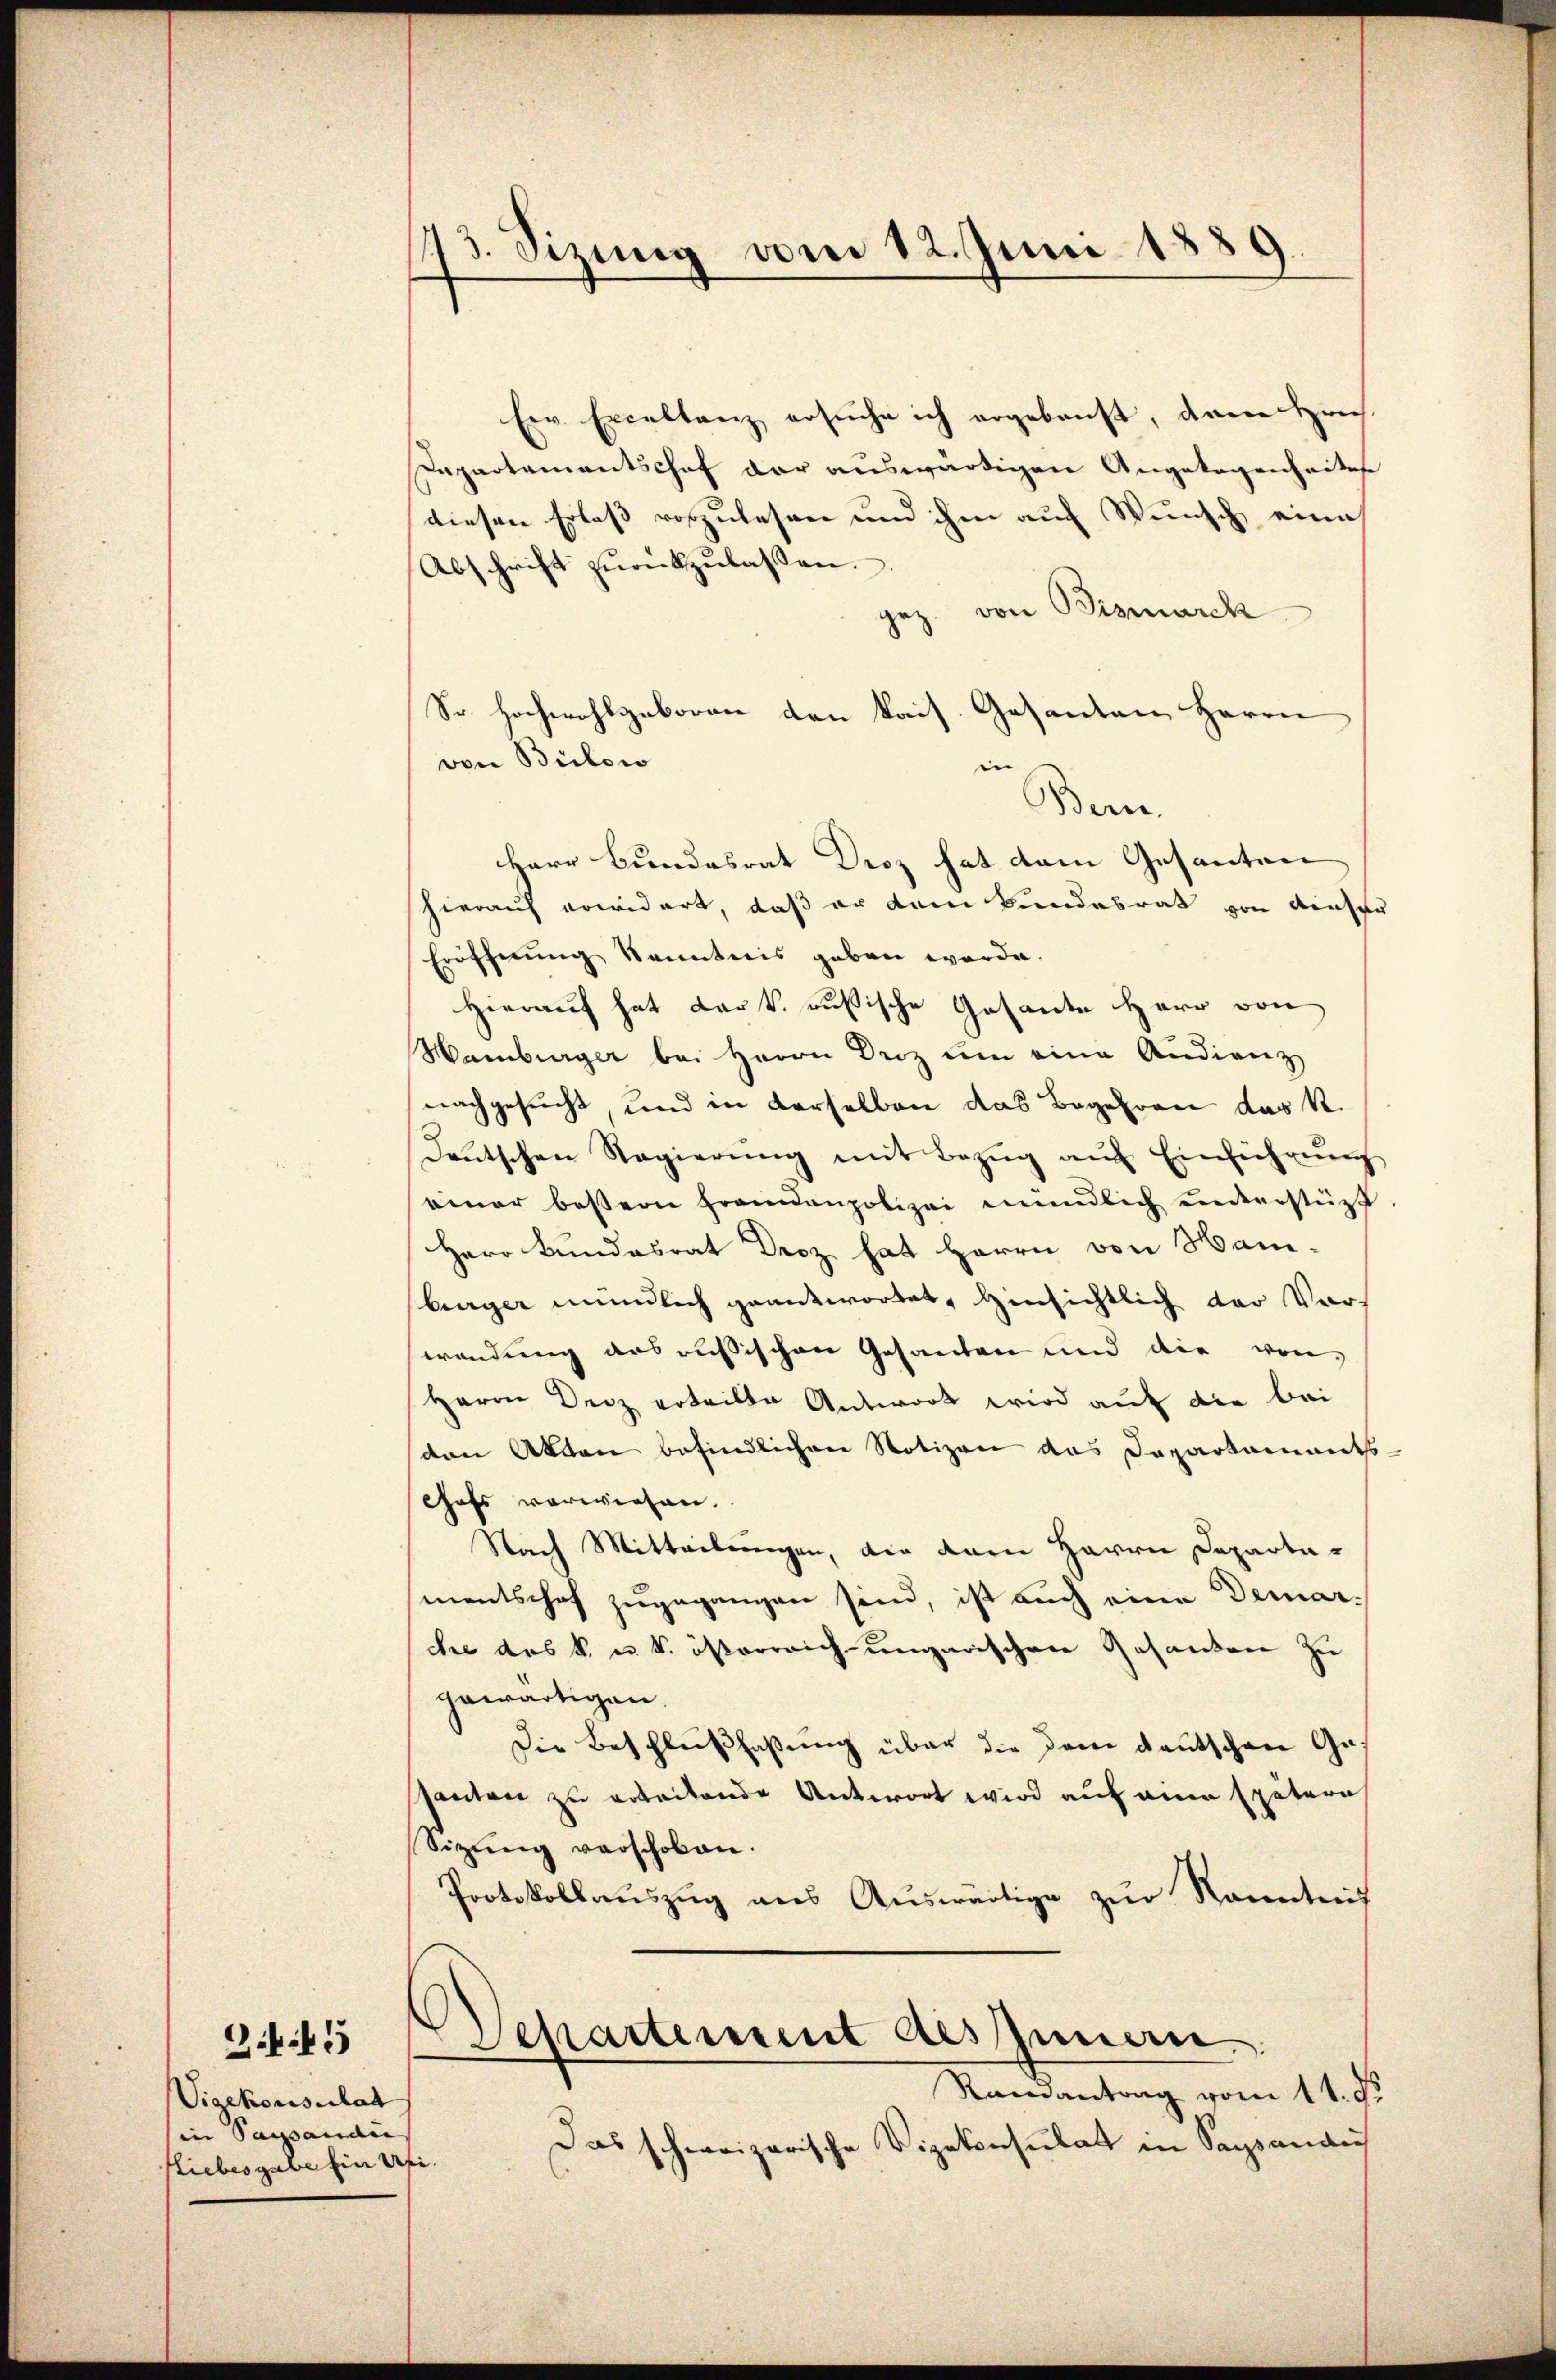
.45
Vigekonsulat
in Sagsanau
liebesgabe ein Uri.

173. Sizung vom 12. Juni 1889.

Ew. Exceltanz ersuche ich ergebenst, dann Brief.
Dapartementschef der auswärtigen Angelegenheitere
diesen Erlaß vorzulesen und ihm auf Wunsch eine
Abschrift zŭrückzŭlassen.
gez. von Bismarck
Sr Hochwohlgeboren den kais. Gesanten Herrn
in
Bern.
Herr Bundesrat Droz hat dem Gesanten
hierauf erwidert, daß er dem Bundesrat von dieser
Eröffnung kenntnis geben werde.
Hierauf hat Lark. russische Gesante Herr von
Marnburger bei Herrn Driz ŭm eine Audienz
nachgesucht, und in derselben das Begehren das K.
deŭtschen Regierŭng mit Bezŭg aŭf Einführŭng
einer bessern Frandenpolizei mündlich unterstüzt
Herr Bundesrat Droz hat Herrn von Han-
burger mündlich geantwortet, Hinsichtlich der Vor-
wendung ausrussischen Gesanten und die von
Herrn Derz erteilte Antwort wird auf die bei
den Akten befindlichen Notizen das Departaments-
Chefs verwiesen.
Nach Mitteilungen, die der Herrn Departamentschaf zugegangen sind, ist auch eine Demarche des k. u. k. österreich-ungarischen Gesanten zu
gewärtigen.
Die Beschlußfaßung über die dem deutschen Gepanton zu erbeitende Antwort wird auf eine spätern
Sizung verschoben.
Protokollauszug aus Auswärtige zur Kenntnis
Separtement des Innen.
Randantrag vom 11. d.
Das schweizerische Vizekonsulat in Sagsanaus

von Bülow